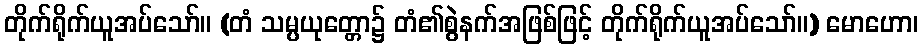
တိုက်ရိုက်ယူအပ်သော်။ (တံ သမ္ပယုတ္တော၌ တံ၏စွဲနက်အဖြစ်ဖြင့် တိုက်ရိုက်ယူအပ်သော်။) မောဟော၊